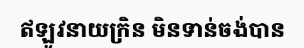
ឥឡូវនាយក្រិន មិនទាន់ចង់បាន